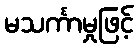
မသင်္ကာမှုဖြင့်